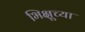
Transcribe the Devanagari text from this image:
भिक्षूच्या